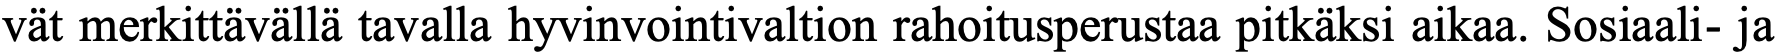
vät merkittävällä tavalla hyvinvointivaltion rahoitusperustaa pitkäksi aikaa. Sosiaali- ja